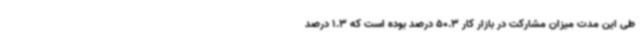
طی این مدت میزان مشارکت در بازار کار 50.3 درصد بوده است که 1.3 درصد